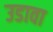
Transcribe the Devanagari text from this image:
उडावा